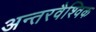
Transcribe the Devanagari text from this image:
अन्तरवैश्विक